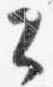
公